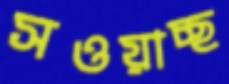
সওয়াচ্ছ